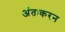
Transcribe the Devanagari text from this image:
अंतःकरन